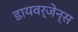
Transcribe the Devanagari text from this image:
डायवर्जेन्स